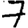
Digit: 7